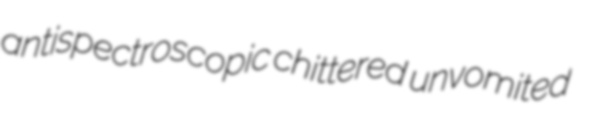
antispectroscopic chittered unvomited